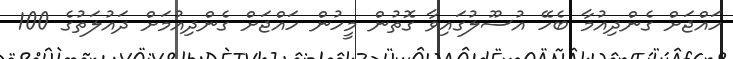
ހައްޖަށް ގެންދިއުމާ ބެހޭ އުސޫލުގައިވާ ގޮތުން މީހުން ހައްޖަށް ގެންދިއުމަށް ދައުލަތުގެ 100